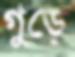
গুড়ে